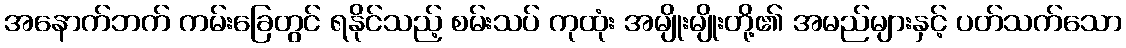
အနောက်ဘက် ကမ်းခြေတွင် ရနိုင်သည့် စမ်းသပ် ကုထုံး အမျိုးမျိုးတို့၏ အမည်များနှင့် ပတ်သက်သော